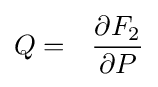
Q=~~{\frac {\partial F_{2}}{\partial P}}\,\!